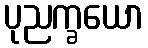
ပုညက္ခယော